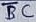
Text: BC